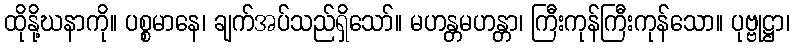
ထိုနို့ဃနာကို။ ပစ္စမာနေ၊ ချက်အပ်သည်ရှိသော်။ မဟန္တမဟန္တာ၊ ကြီးကုန်ကြီးကုန်သော။ ပုဗ္ဗုဋ္ဌာ၊